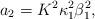
LaTeX: \begin{align*}a_{2}=K^{2}\kappa_{1}^{2}\beta_{1}^{2},\end{align*}